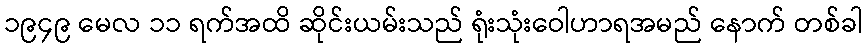
၁၉၄၉ မေလ ၁၁ ရက်အထိ ဆိုင်းယမ်းသည် ရုံးသုံးဝေါဟာရအမည် နောက် တစ်ခါ